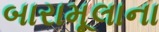
બારામૂલાના